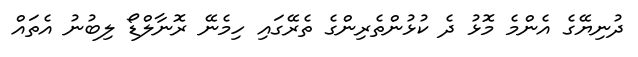
ދުނިޔޭގެ އެންމެ މޮޅު ދެ ކުޅުންތެރިންގެ ތެރޭގައި ހިމެނޭ ރޮނާލްޑޯ ލިބުނު އެތައް